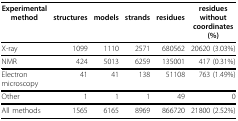
| Experimentalmethod | structures | models | strands | residues | residues withoutcoordinates (%) |
 | --- | --- | --- | --- | --- | --- |
 | X-ray | 1099 | 1110 | 2571 | 680562 | 20620 (3.03%) |
 | NMR | 424 | 5013 | 6259 | 135001 | 417 (0.31%) |
 | Electron microscopy | 41 | 41 | 138 | 51108 | 763 (1.49%) |
 | Other | 1 | 1 | 1 | 49 | 0 |
 | All methods | 1565 | 6165 | 8969 | 866720 | 21800 (2.52%) |